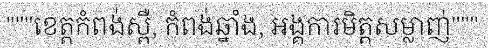
"""ខេត្តកំពង់ស្ពឺ, កំពង់ឆ្នាំង, អង្គការមិត្តសម្លាញ់"""